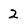
Character: 2